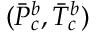
( \Bar { P } _ { c } ^ { b } , \Bar { T } _ { c } ^ { b } )